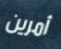
أمرين